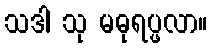
သဒါ သု မဓုရပ္ဖလာ။